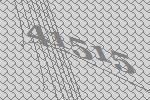
41515